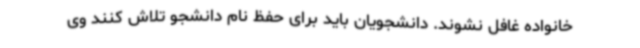
خانواده غافل نشوند. دانشجویان باید برای حفظ نام دانشجو تلاش کنند وی